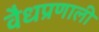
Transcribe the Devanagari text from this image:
वैधप्रणाली